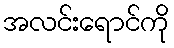
အလင်းရောင်ကို